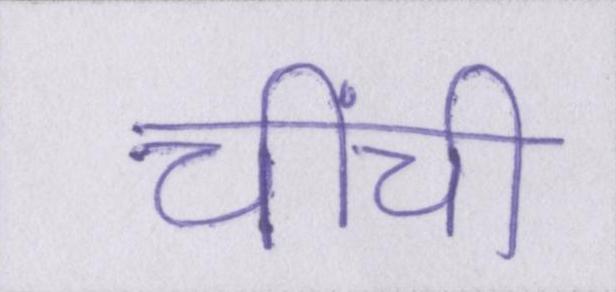
चींची